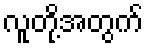
လူတို့အတွက်